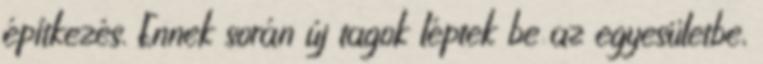
építkezés. Ennek során új tagok léptek be az egyesületbe,